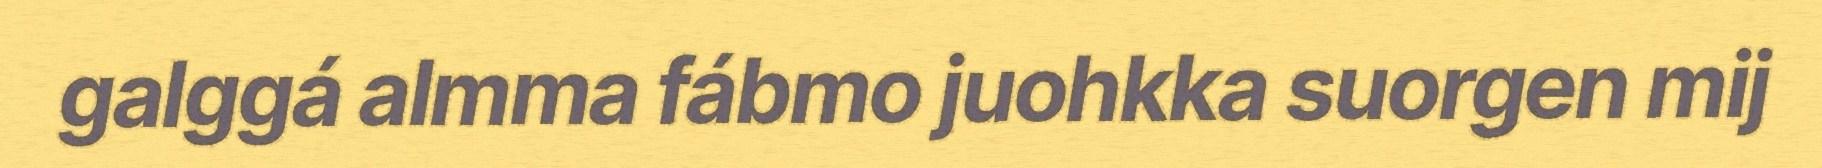
galggá almma fábmo juohkka suorgen mij